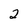
Character: 2